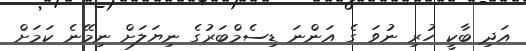
އަދި ބާކީ ހުރި ނުވަ ގެ އަންނަ ޑިސެމްބަރުގެ ނިޔަލަށް ނިމޭނެ ކަމަށް